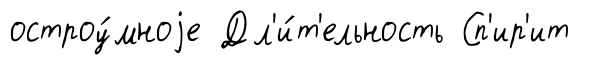
остроу́мноjе Дл'и́т'ельность Сп'ир'ит